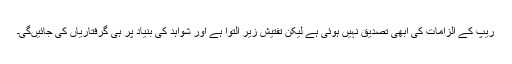
ریپ کے الزامات کی ابھی تصدیق نہیں ہوئی ہے لیکن تفتیش زیر التوا ہے اور شواہد کی بنیاد پر ہی گرفتاریاں کی جائیں‌گی۔